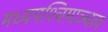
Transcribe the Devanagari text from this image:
मध्यपश्चिमाञ्चल